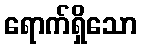
ရောက်ရှိသော